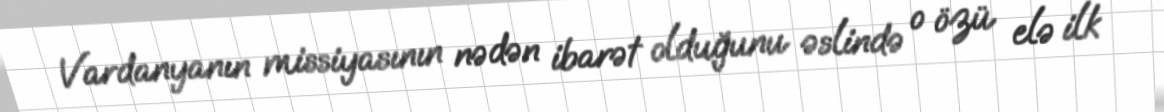
Vardanyanın missiyasının nədən ibarət olduğunu əslində o özü elə ilk